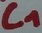
Text: C1